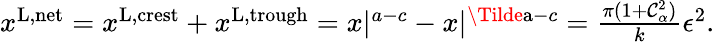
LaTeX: \begin{array}{r}{x^{\textnormal{L,net}}=x^{\textnormal{L,crest}}+x^{\textnormal{L,trough}}=x|^{a-c}-x|^{\Tilde{\mathrm{a}}-c}=\frac{\pi(1+\mathcal{C}_{\alpha}^{2})}{k}\epsilon^{2}.}\end{array}